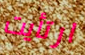
ارتأيت